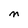
Character: M